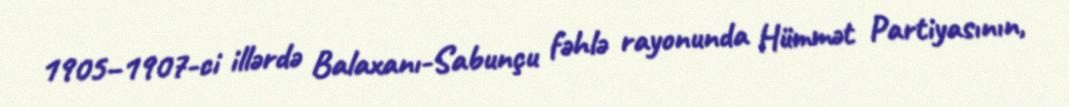
1905–1907-ci illərdə Balaxanı-Sabunçu fəhlə rayonunda Hümmət Partiyasının,